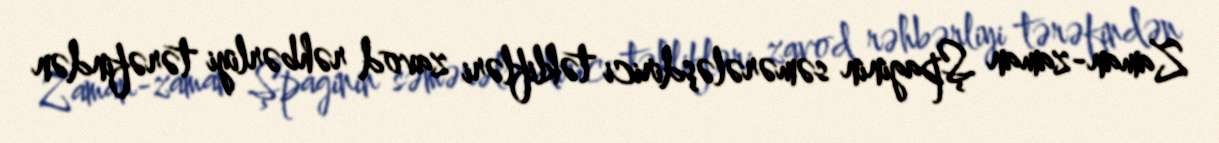
Zaman-zaman Şpaginin səmərələşdirici təklifləri zavod rəhbərliyi tərəfindən